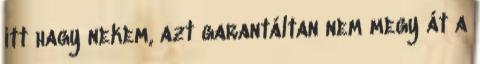
itt hagy nekem, azt garantáltan nem megy át a